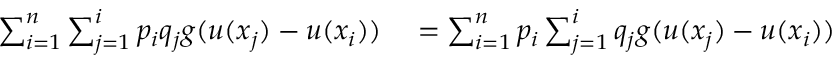
\begin{array} { r l } { \sum _ { i = 1 } ^ { n } \sum _ { j = 1 } ^ { i } p _ { i } q _ { j } g ( u ( x _ { j } ) - u ( x _ { i } ) ) } & { { } = \sum _ { i = 1 } ^ { n } p _ { i } \sum _ { j = 1 } ^ { i } q _ { j } g ( u ( x _ { j } ) - u ( x _ { i } ) ) } \end{array}